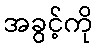
အခွင့်ကို